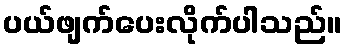
ပယ်ဖျက်ပေးလိုက်ပါသည်။